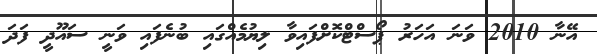
އޭނާ 2010 ވަނަ އަހަރު ޕޯސްޓްކޮށްފައިވާ ލިޔުމެއްގައި ބުނެފައި ވަނީ ސައޫދީ ފަދަ